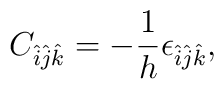
C_{\hat{i} \hat{j} \hat{k} } = - \frac{1}{h} \epsilon_{\hat{i} \hat{j} \hat{k} } ,